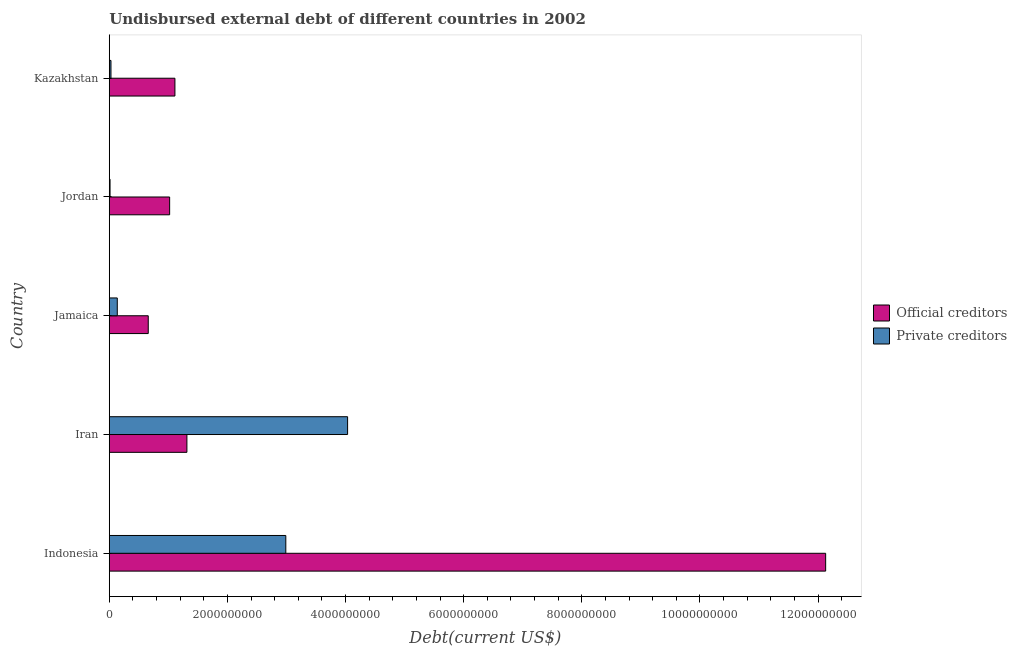
| Country | Official creditors | Private creditors |
 | --- | --- | --- |
 | Indonesia | 1.21e+10 | 2.99e+09 |
 | Iran | 1.31e+09 | 4.04e+09 |
 | Jamaica | 6.6e+08 | 1.36e+08 |
 | Jordan | 1.02e+09 | 1.3e+07 |
 | Kazakhstan | 1.11e+09 | 2.88e+07 |